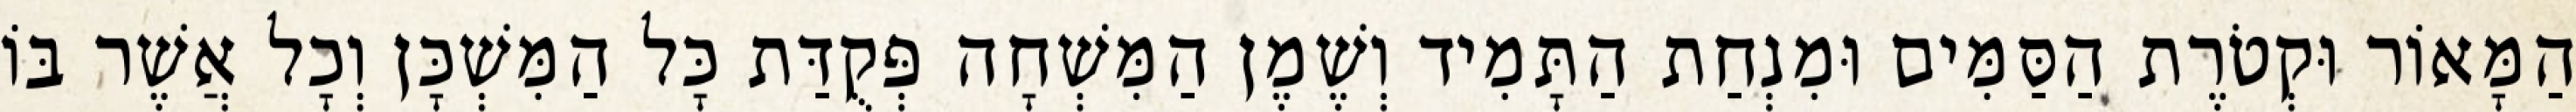
הַמָּאוֹר וּקְטֹרֶת הַסַּמִּים וּמִנְחַת הַתָּמִיד וְשֶׁמֶן הַמִּשְׁחָה פְּקֻדַּת כָּל הַמִּשְׁכָּן וְכָל אֲשֶׁר בּוֹ